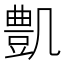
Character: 𠙫